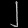
Digit: ၂